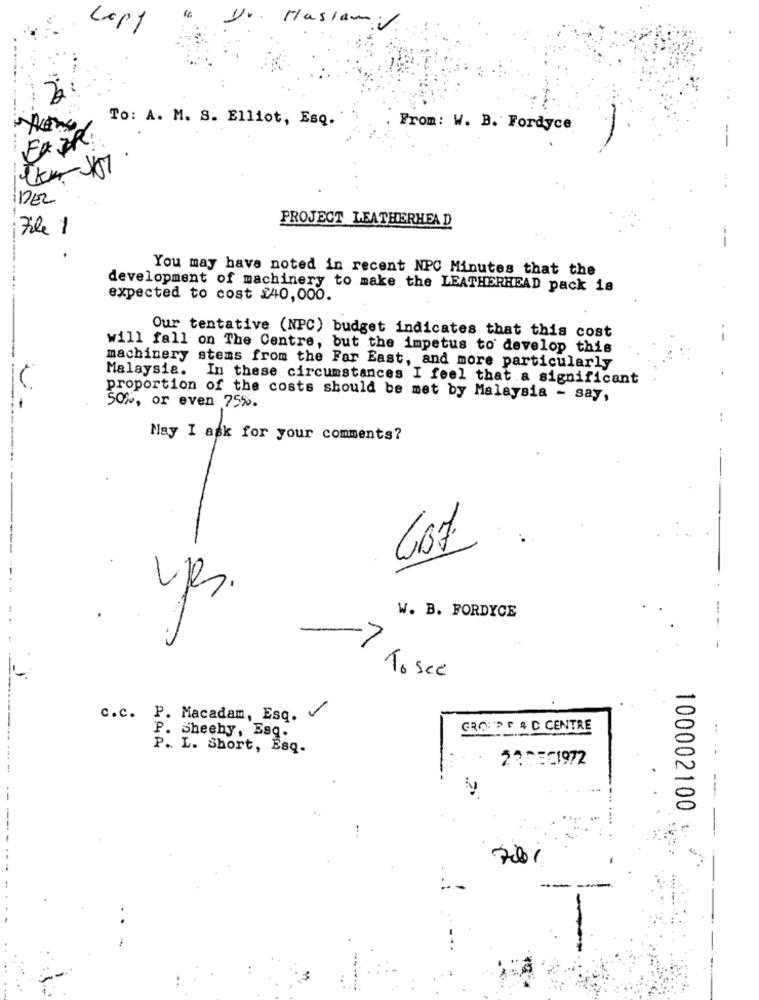
Haslam
-
To: A. M. S. Elliot, EsQ.
From: W. B. Fordyce
Ex ER:
DEZ
iFile 1
PROJECT LEATHERHEAD
-
You may have noted in recent NPC Minutes that the
development of machinery to make the LEATHERHEAD pack is
expected to cost £40,000.
Our tentative (NPC) budget indicates that this cost
-
will fall on The Centre, but the impetus to develop this
machinery stems from the Far East, and more particularly
Malaysia. In these circumstances I feel that a significant
proportion of the costs should be met by Malaysia - say,
50%, or even 75%.
..
May I ask for your comments?
W. B. FORDYCE
To see
-
c.c. P. Macadam, Esq.
GROU D & C CENTRE
P. Sheehy, Esq.
P. L. Short, Esq.
2375C1972
100002100
--
-